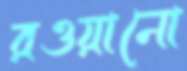
রওয়ানো